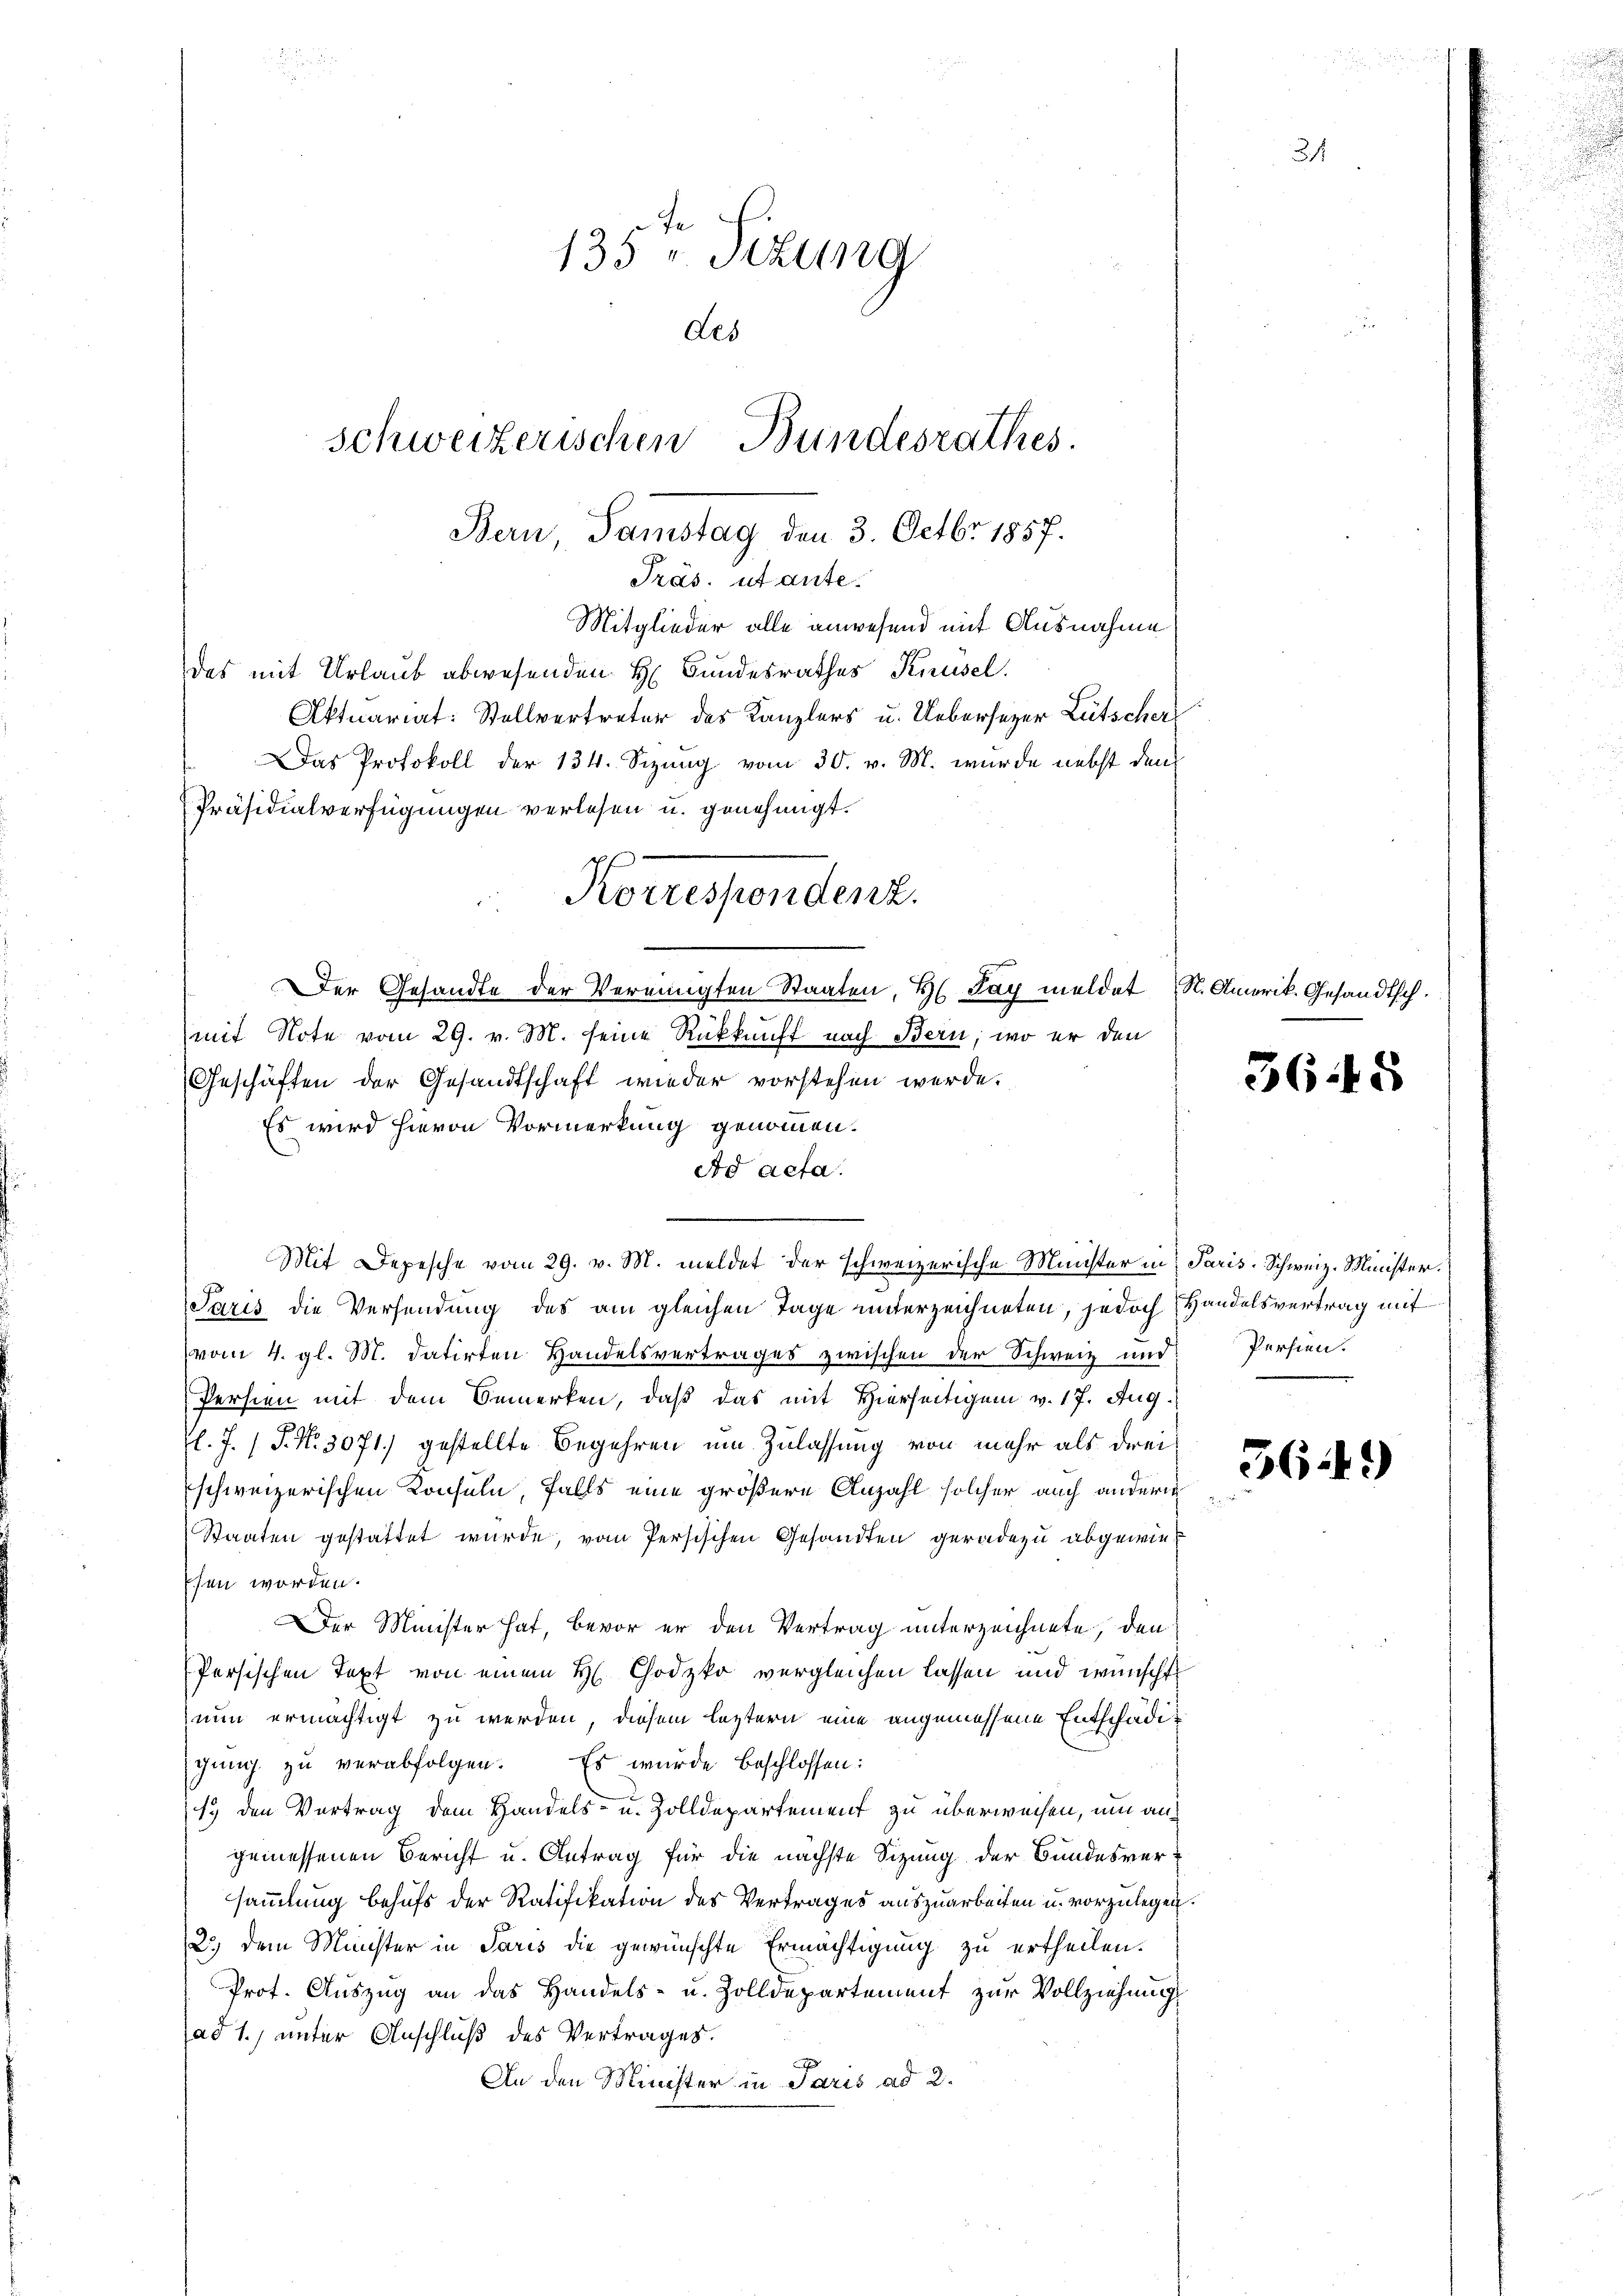
Präs. ut ante¬
Mitglieder alle anwesend mit Ausnahme
das mit Urlaub abwesenden H. Bundesrathes Knüsel
Aktuariat: Stellvertreter des Kanzlers u. Uebersezer Lütscher
Das Protokoll der 134. Sizung vom 30. v. M. wurde nebst den
Präsidialverfügungen verlesen u. genehmigt.
mit Note vom 29. v. M. seine Rückkunft nach Bern, wo er den
Geschäften der Gesandtschaft wieder vorstehen werde.
Es wird hievon Vormerkung genommen.
Ad acta.
Mit Depesche vom 29. v. M. meldet der schweizerische Minister in Paris. Schweiz. Minister.
Saris die Versendung des am gleichen Tage unterzeichneten, jedoch Handelsvertrag mit
vom 4. gl. M. datirten Handelsvertrages zwischen der Schweiz und Persien.
Persien mit dem Bemerken, daß das mit Hierseitigen v. 17. Aug.
l. J. (T. N. 3071) gestellte Begehren um Zulassung von mehr als drei
schweizerischen Konsuln, falls eine größere Anzahl solcher auch andern
Staaten gestattet wurde, vom Persischen Gesandten geradezu abgewies
sen worden.
Der Minister hat, bevor er den Vertrag unterzeichnete, den
Persischen Text von einem H. Chodzko vergleichen lassen und wünscht
nun ermächtigt zu werden, diesem leztern eine angemessene Entschädigŭng zŭ verabfolgen. Es wurde beschlossen:
19 den Vertrag dem Handels- u. Zolldepartement zu überweisen, um angemessenen Bericht u. Antrag für die nächste Sitzung der Bundesversammlung behufs der Ratifikation des Vertrages auszuarbeiten u. vorzulegen.
2.) Dem Minister in Paris die gewünschte Ermächtigung zu ertheilen.
Prof. Auszug an das Handels- u. Zolldepartement zur Vollziehung
ad 1., unter Anschluß des Vertrages.
An den Minister in Paris ad 2.

135 " Sizung
des
schweizerischen Bundesrathes.

Bern Samstag den 3. Octbr 1857.

Korressendenz.
Der Gesandte der Vereinigten Staaten, Hs. Jay meldet (S. Amerik. Gesandtsch.

3645

56.49)